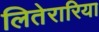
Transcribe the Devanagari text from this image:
लितेरारिया